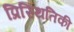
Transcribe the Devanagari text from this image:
प्रिस्थितिकी